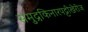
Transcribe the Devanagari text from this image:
समुद्रकिनारपट्टीखेरीज